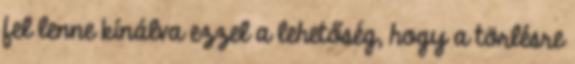
fel lenne kínálva ezzel a lehetőség, hogy a törlésre